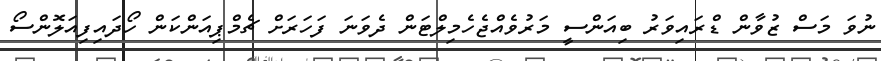
ނުވަ މަސް ޒުވާން ޑްރައިވަރު ބިއަންސީ މަރުވެއްޖެހެމިލްޓަން ދެވަނަ ފަހަރަށް ޗެމްޕިއަންކަން ހޯދައިފިއަލޮންސޯ